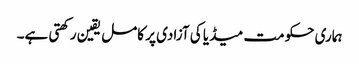
ہماری حکومت میڈیا کی آزادی پر کامل یقین رکھتی ہے۔